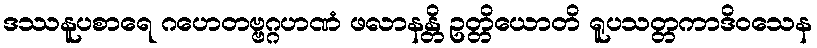
ဒဿနူပစာရေ ဂဟေတဗ္ဗဂ္ဂဟဏံ ဖလာနန္တိ ဥတ္တိယောတိ ရူပသတ္တကာဒိဝသေန